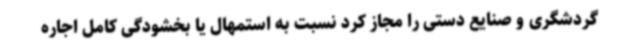
گردشگری و صنایع دستی را مجاز کرد نسبت به استمهال یا بخشودگی کامل اجاره